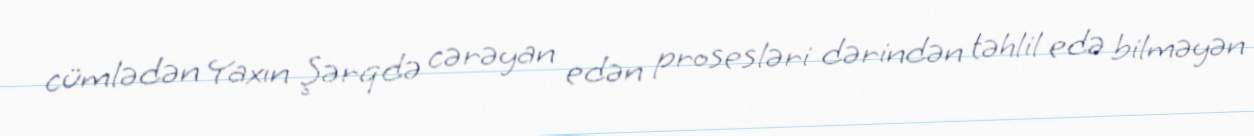
cümlədən Yaxın Şərqdə cərəyan edən prosesləri dərindən təhlil edə bilməyən